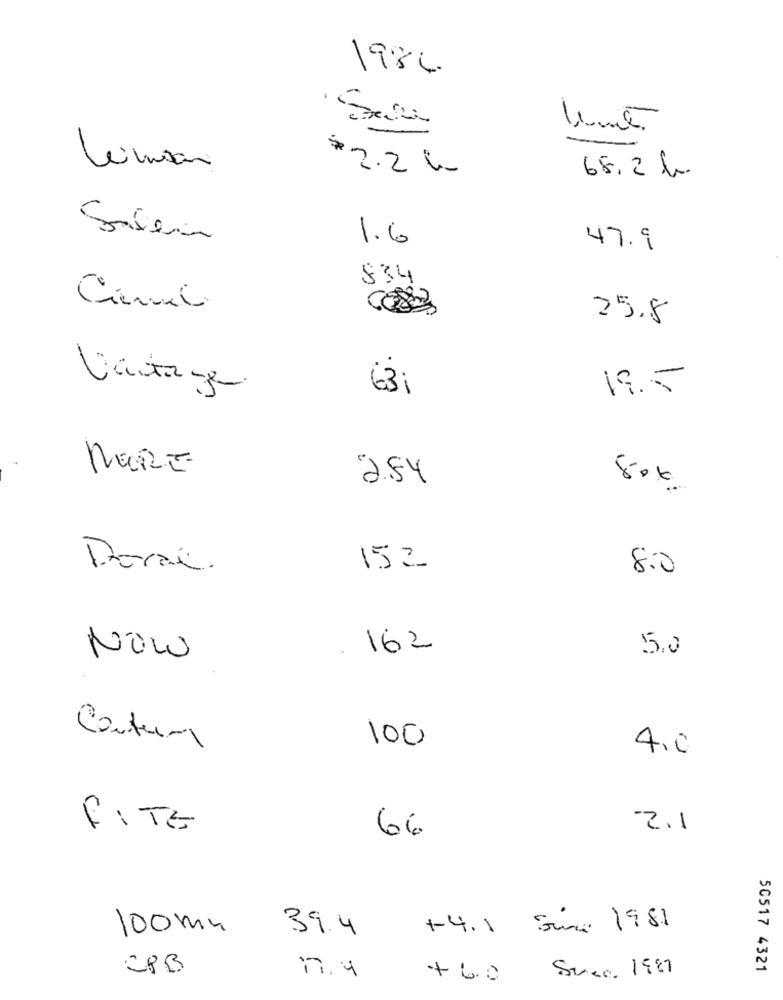
1986
#2.2 1
68.2 b
Salem
47.9
1.6
834
Cienci
25.8
Vantage
63,
19.5
MERE
2.84
80€
Dorai.
152
8.0
. 162
5.0
NOW
Contura
100
4.0
FITE
2.1
66
100mg
39.4
+4.1 Since 1981
CPB
50517 4321
+ 6.0 Succ. 1987